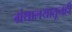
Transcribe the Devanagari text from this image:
ग्रंथालयातूनही